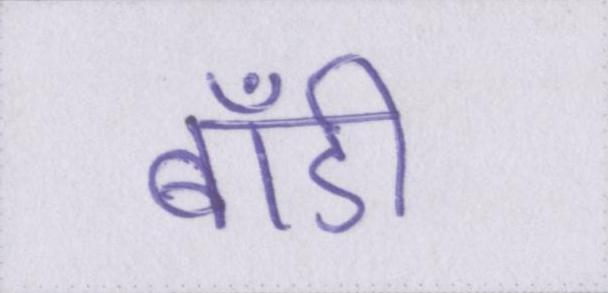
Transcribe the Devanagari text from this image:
बॉडी